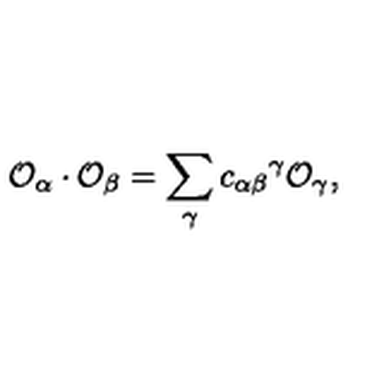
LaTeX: { \cal O } _ { \alpha } \cdot { \cal O } _ { \beta } = \sum _ { \gamma } { c _ { \alpha \beta } } ^ { \gamma } { \cal O } _ { \gamma } ,